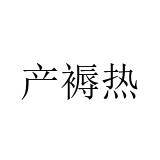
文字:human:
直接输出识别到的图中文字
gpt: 产褥热